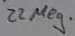
Text: 22Meg.